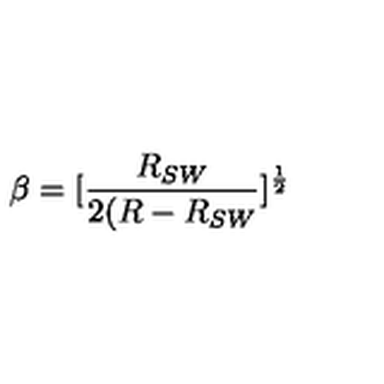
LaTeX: \beta = [ \frac { R _ { S W } } { 2 ( R - R _ { S W } } ] ^ { \frac { 1 } { 2 } }